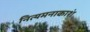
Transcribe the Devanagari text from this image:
नित्यमनाकाशं